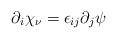
\begin{align*}\partial_i \chi_{\nu} = \epsilon_{ij} \partial_j \psi\end{align*}